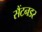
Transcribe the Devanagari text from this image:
सैंटनडर